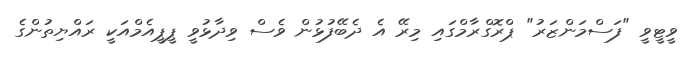
ވީޓީވީ "ފަސްމަންޒަރު" ޕްރޮގްރާމްގައި މިރޭ އެ ދެބޭފުޅުން ވެސް ވިދާޅުވީ ޕީޕީއެމްއަކީ ރައްޔިތުންގެ